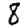
Digit: 8